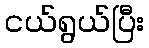
ငယ်ရွယ်ပြီး